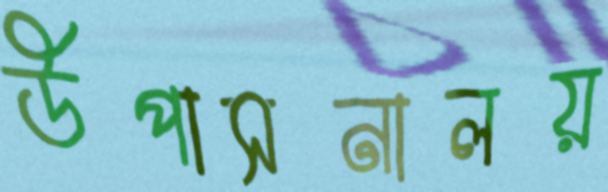
উপাসনালয়